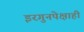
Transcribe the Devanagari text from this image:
इरगुनपेक्षाही